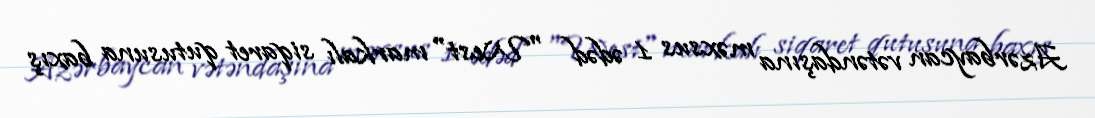
Azərbaycan vətəndaşına məxsus 1 ədəd "West" markalı siqaret qutusuna baxış